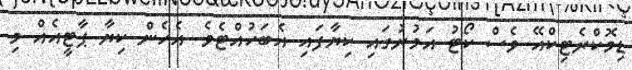
ޑިމޮކްރެޓިކްއޭ ވެސް ކޯޓު އަމުރުގައި ކިޔާފައި އެބަހުއްޓެވެ. އެހެން ކިޔާ ޕާޓީއެއް މި